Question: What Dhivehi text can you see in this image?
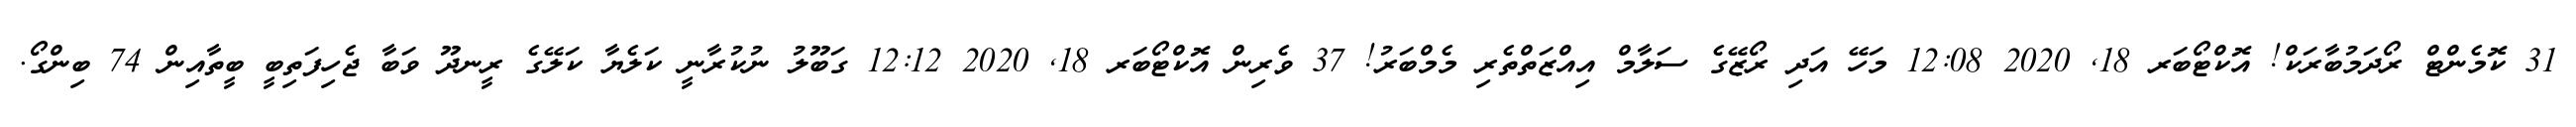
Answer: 31 ކޮމެންޓް ރޯދަމުބާރަކް! އޮކްޓޯބަރ 18, 2020 12:08 މަހޭ އަދި ރޯޒޭގެ ސަލާމް އިއްޒަތްތެރި މެމްބަރު! 37 ވެރިން އޮކްޓޯބަރ 18, 2020 12:12 ގަބޫލު ނުކުރާނީ ކަލެޔާ ކަލޭގެ ރީނދޫ ވަބާ ޖެހިފަތިބީ ބީތާއިން 74 ބިންގޯ.